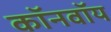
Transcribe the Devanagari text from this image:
कॉनवॉय